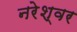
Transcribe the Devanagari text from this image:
नरेश्वर